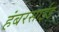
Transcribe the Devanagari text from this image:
हंबरसाईड